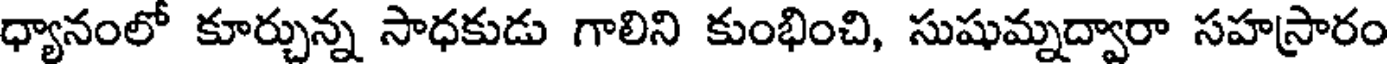
ధ్యానంలో కూర్చున్న సాధకుడు గాలిని కుంభించి, సుషుమ్నద్వారా సహస్రారం